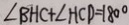
\angle B H C + \angle H C D = 1 8 0 ^ { \circ }